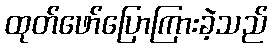
ထုတ်ဖော်ပြောကြားခဲ့သည်